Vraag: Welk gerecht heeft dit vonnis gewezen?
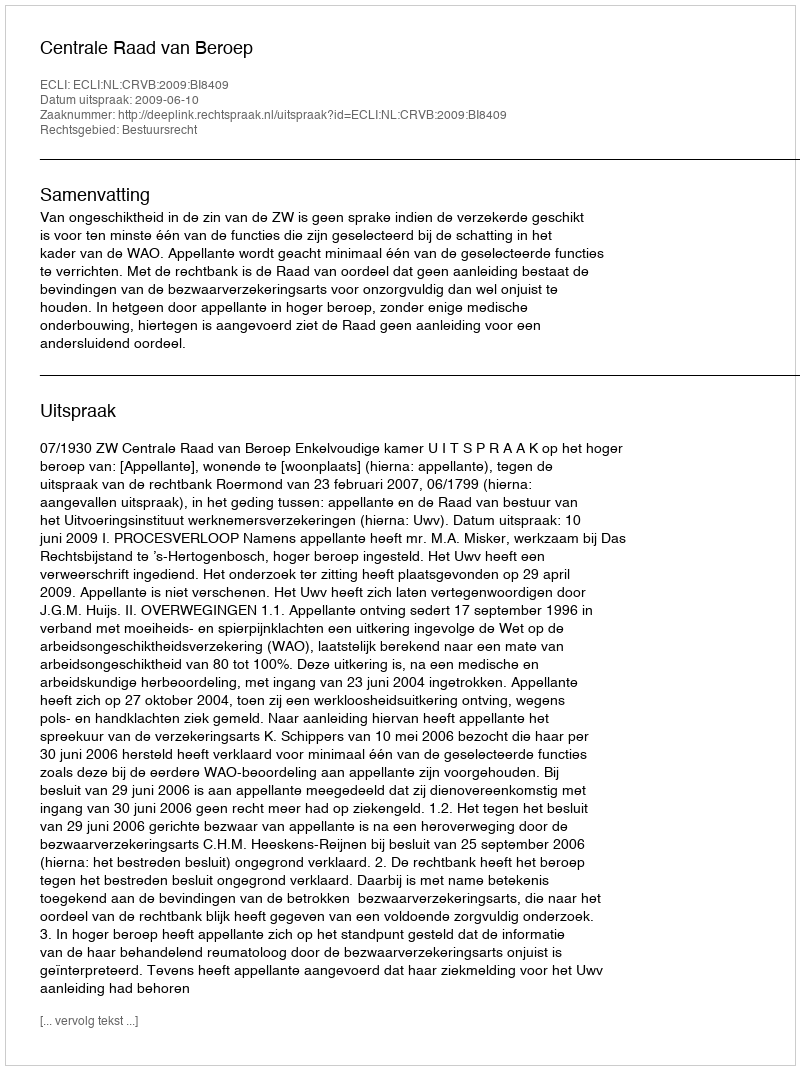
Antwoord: Centrale Raad van Beroep